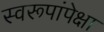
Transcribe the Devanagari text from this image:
स्वरूपांपेक्षा